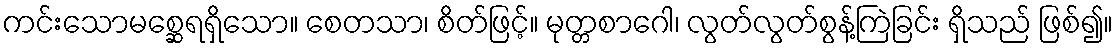
ကင်းသောမစ္ဆေရရှိသော။ စေတသာ၊ စိတ်ဖြင့်။ မုတ္တစာဂေါ၊ လွတ်လွတ်စွန့်ကြဲခြင်း ရှိသည် ဖြစ်၍။